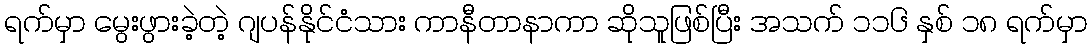
ရက်မှာ မွေးဖွားခဲ့တဲ့ ဂျပန်နိုင်ငံသား ကာနီတာနာကာ ဆိုသူဖြစ်ပြီး အသက် ၁၁၆ နှစ် ၁၈ ရက်မှာ